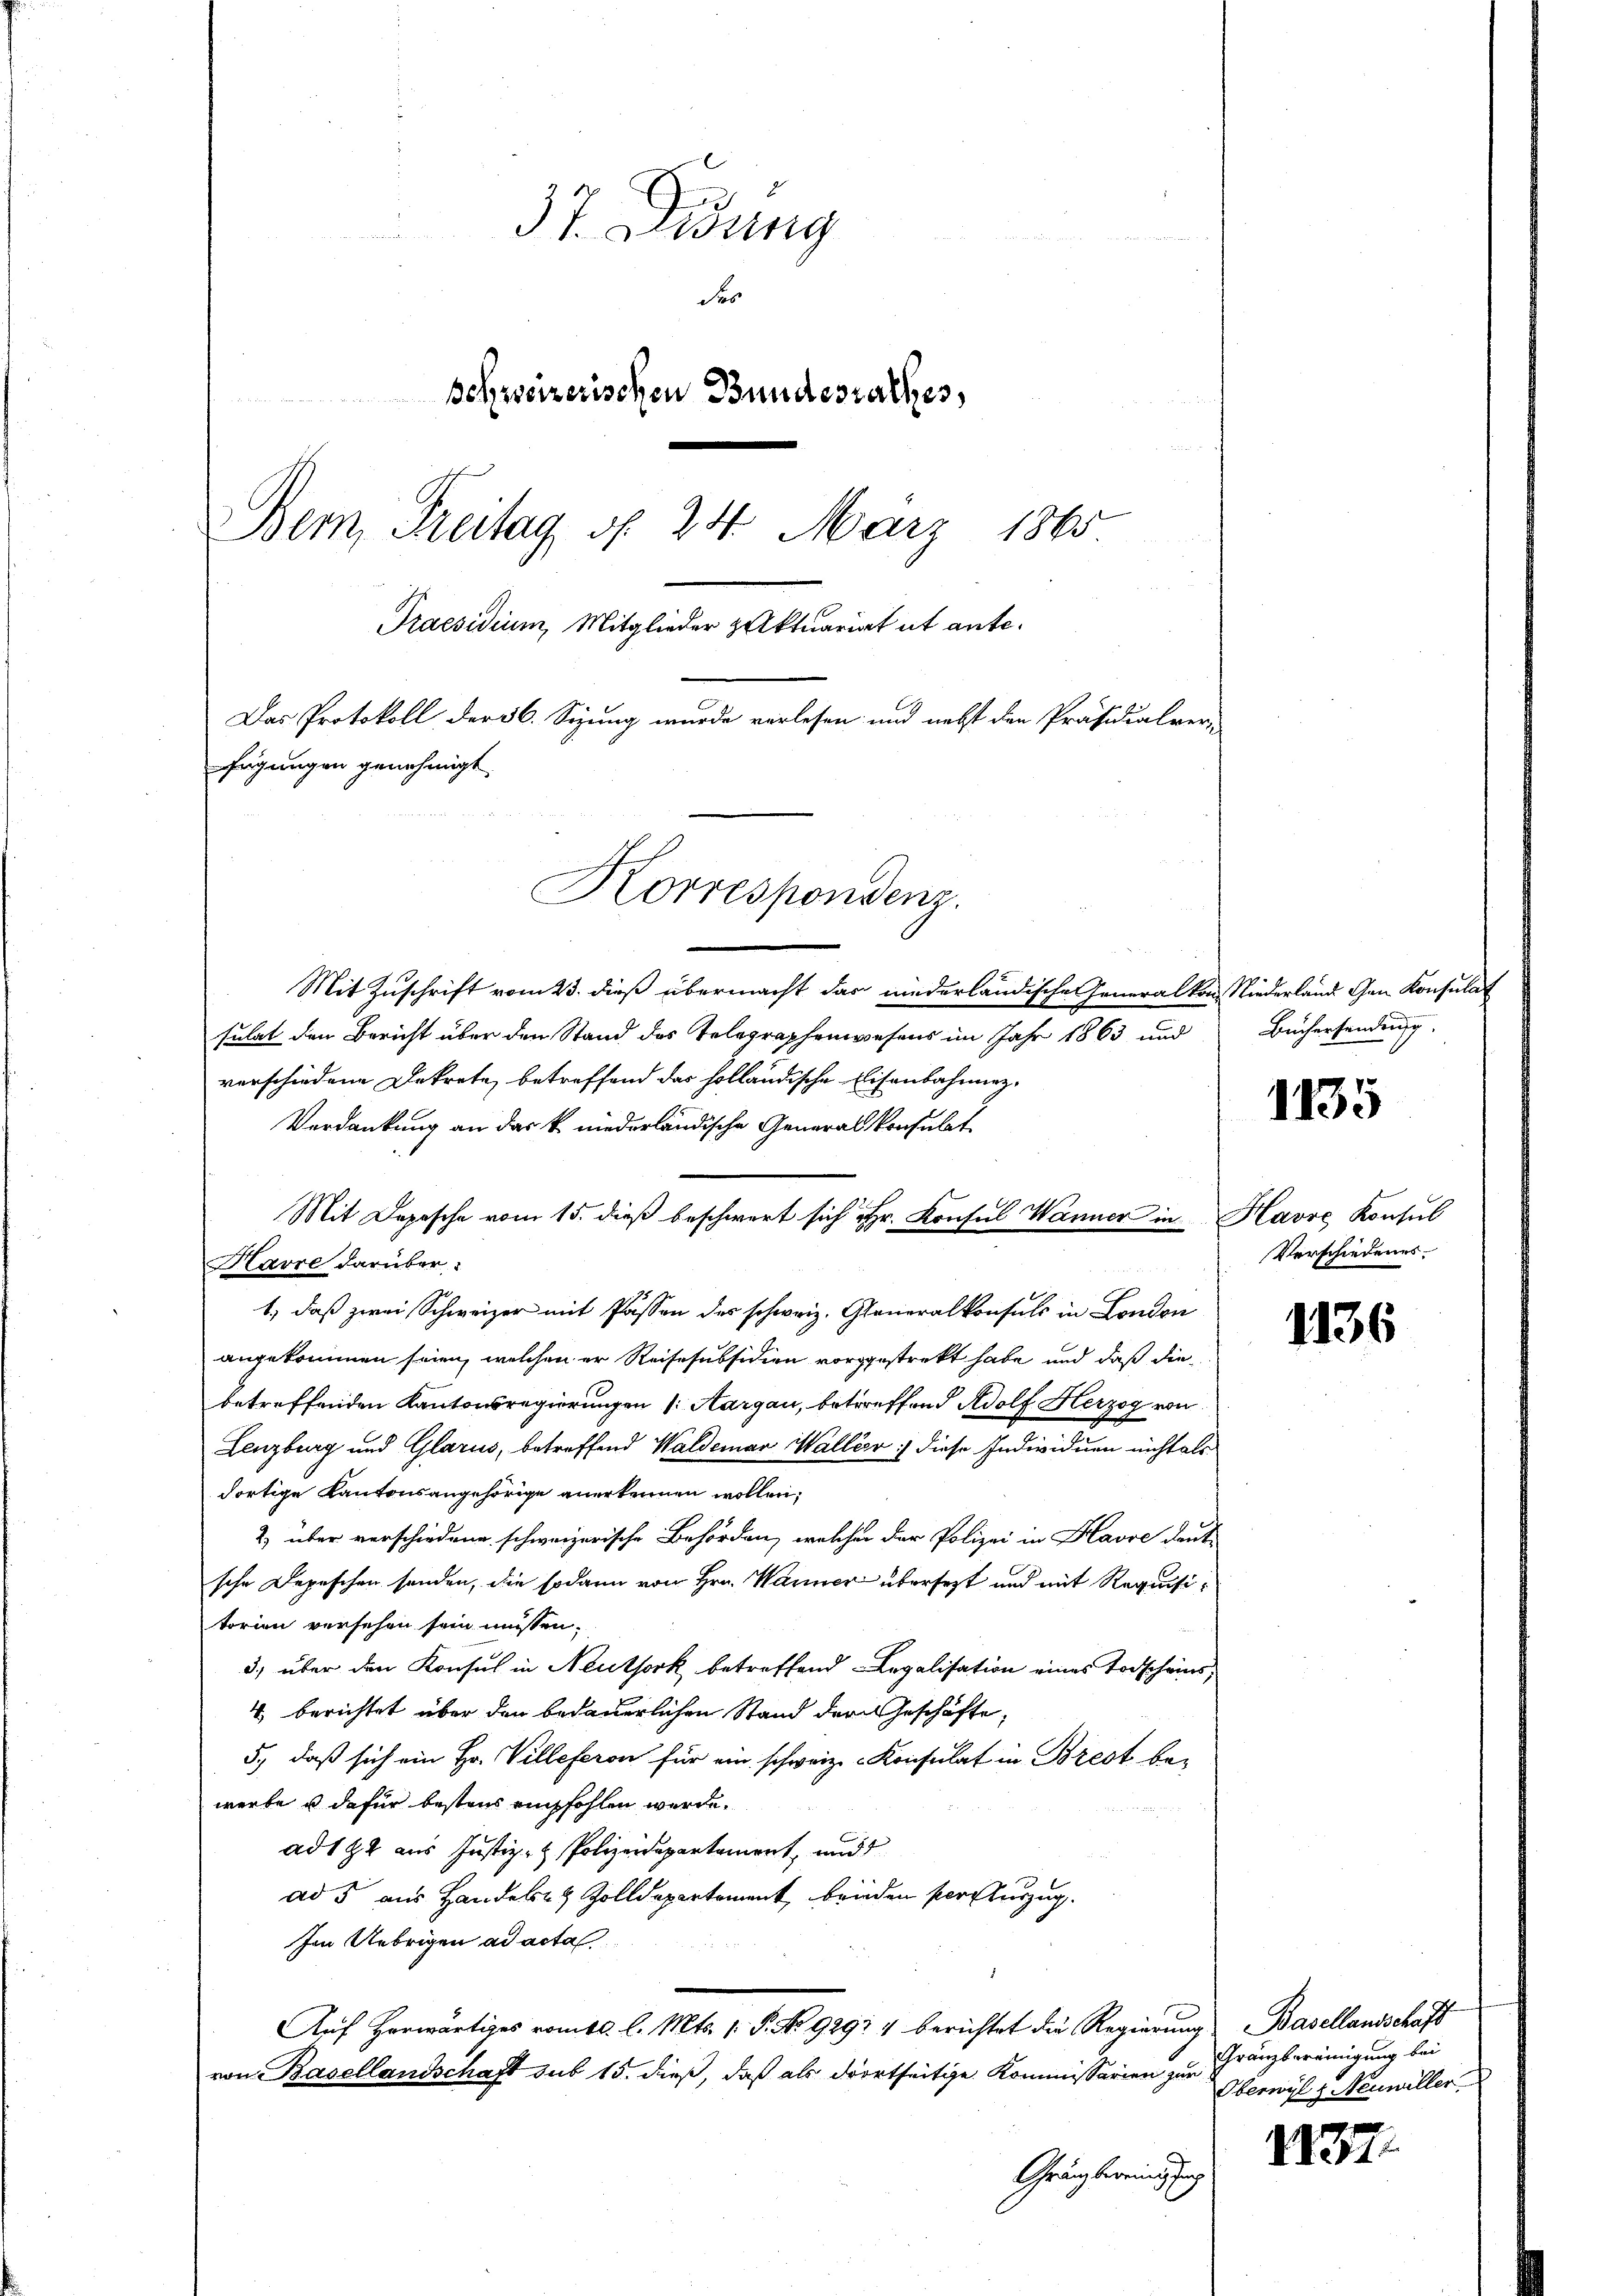
sulat den Bericht über den Stand des Telegraphenwesens im Jahr 1863 und
verschiedene Dekrete, betreffend das holländische Eisenbahnung
Verdankung an das k. niederländische Generalkonsulat
Mit Depesche vom 15. dieß beschwert sich Hr. Konsul Wanner in Havre Konsul
1., daß zwei Schweizer mit Passen des schweiz. Generalkonsuls in London
angekommen seien, welchen er Reisesubsidien vorgestrekt habe und daß die
betreffenden Kantonsregierungen (: Aargau, betreffend Adolf Herzog von
Lenzburg und Glarus, betreffend Waldemar Waller :/ diese Individuen nicht als
dortige Kantonsangehörige anerkennen wollen;
2) über verschiedene schweizerische Behörden, welcher der Polizei in Havre deut
sche Depeschen sonden, die sodann von Hrn. Warner übersezt und mit Requisitorien versehen sein müssen.
3.) über den Konsul in Neuthork betreffend Legalisation eines Todscheins,
4 berichtet über den bedauerlichen Stand der Geschäfte,
5., daß sich ein Hr. Villeferen für ein schweiz. Konsulat in Brest be-
werbe u dafür bestens empfohlen werde.
ad 192 aus Justiz- & Polizeidepartament, und
ad 5 aus Handeln & Zolldepartement, beiden Persturzug.
Im Uebrigen ad acta
Auf Horwärtiges romtl. l. Mts. 1. P. No 9291 4 berichtet die Regierung Basellandschaft
von Basellandschaft sub 15. dieß, daß als dortseitige Kommissarien zur
Gränzbereinigung

37. Didung
des
schweizerischen Bundesrathes,
Bern, Freitag d. 24. März 1865
Praesidium, Mitglieder Aktuariat ut ante¬
Das Protokoll der 36. Sizung wurde verlesen und nebst den Präsidialver-
fügungen genehmigt.
Korrespondenz.

Havre darüber

Mit Zuschrift vom 23. dieß übermacht das niederländische Generalkon Niederland gen Konsulat

Büchersendung.

Verschiedenes

1135

1136

Gränzbereinigung bei
Oberwyl u. Neuwiller.

1837.